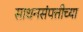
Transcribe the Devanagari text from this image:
साधनसंपत्तीच्या